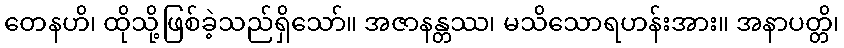
တေနဟိ၊ ထိုသို့ဖြစ်ခဲ့သည်ရှိသော်။ အဇာနန္တဿ၊ မသိသောရဟန်းအား။ အနာပတ္တိ၊